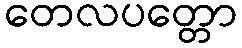
တေလပတ္တော